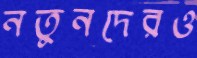
নতুনদেরও